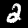
Label: 2